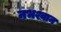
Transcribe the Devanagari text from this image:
नभश्वान